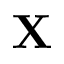
{ \bf X }